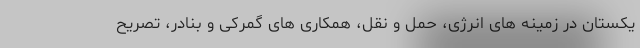
یکستان در زمینه های انرژی، حمل و نقل، همکاری های گمرکی و بنادر، تصریح